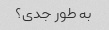
به طور جدی؟